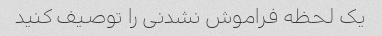
یک لحظه فراموش نشدنی را توصیف کنید